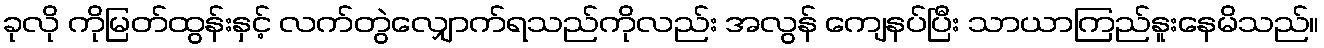
ခုလို ကိုမြတ်ထွန်းနှင့် လက်တွဲလျှောက်ရသည်ကိုလည်း အလွန် ကျေနပ်ပြီး သာယာကြည်နူးနေမိသည်။